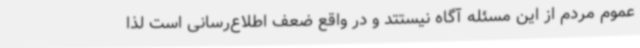
عموم مردم از این مسئله آگاه نیستتد و در واقع ضعف اطلاع‌رسانی است لذا